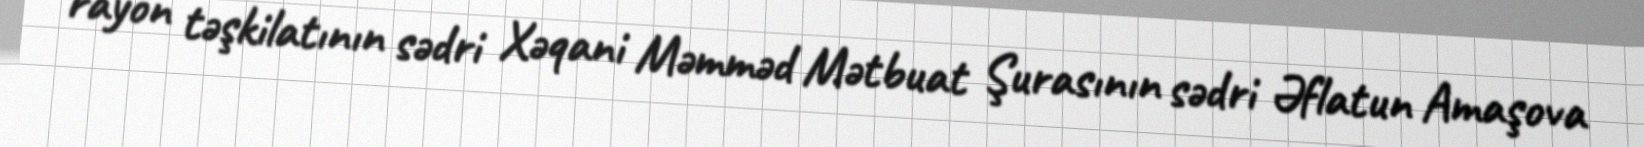
rayon təşkilatının sədri Xəqani Məmməd Mətbuat Şurasının sədri Əflatun Amaşova